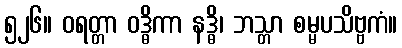
၅၂၆။ ဝရတ္တာ ဝဒ္ဓိကာ နဒ္ဓိ၊ ဘသ္တာ စမ္မပသိဗ္ဗကံ။